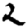
Digit: 2